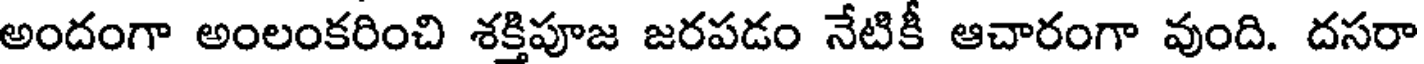
అందంగా అంలంకరించి శక్తిపూజ జరపడం నేటికీ ఆచారంగా వుంది. దసరా